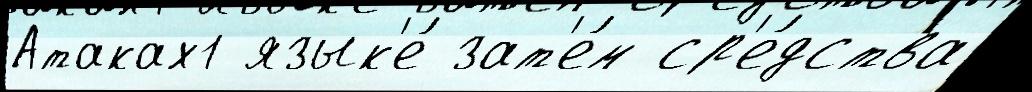
Атаках1 язык'е́ зат'е́м ср'е́дства